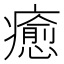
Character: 癒